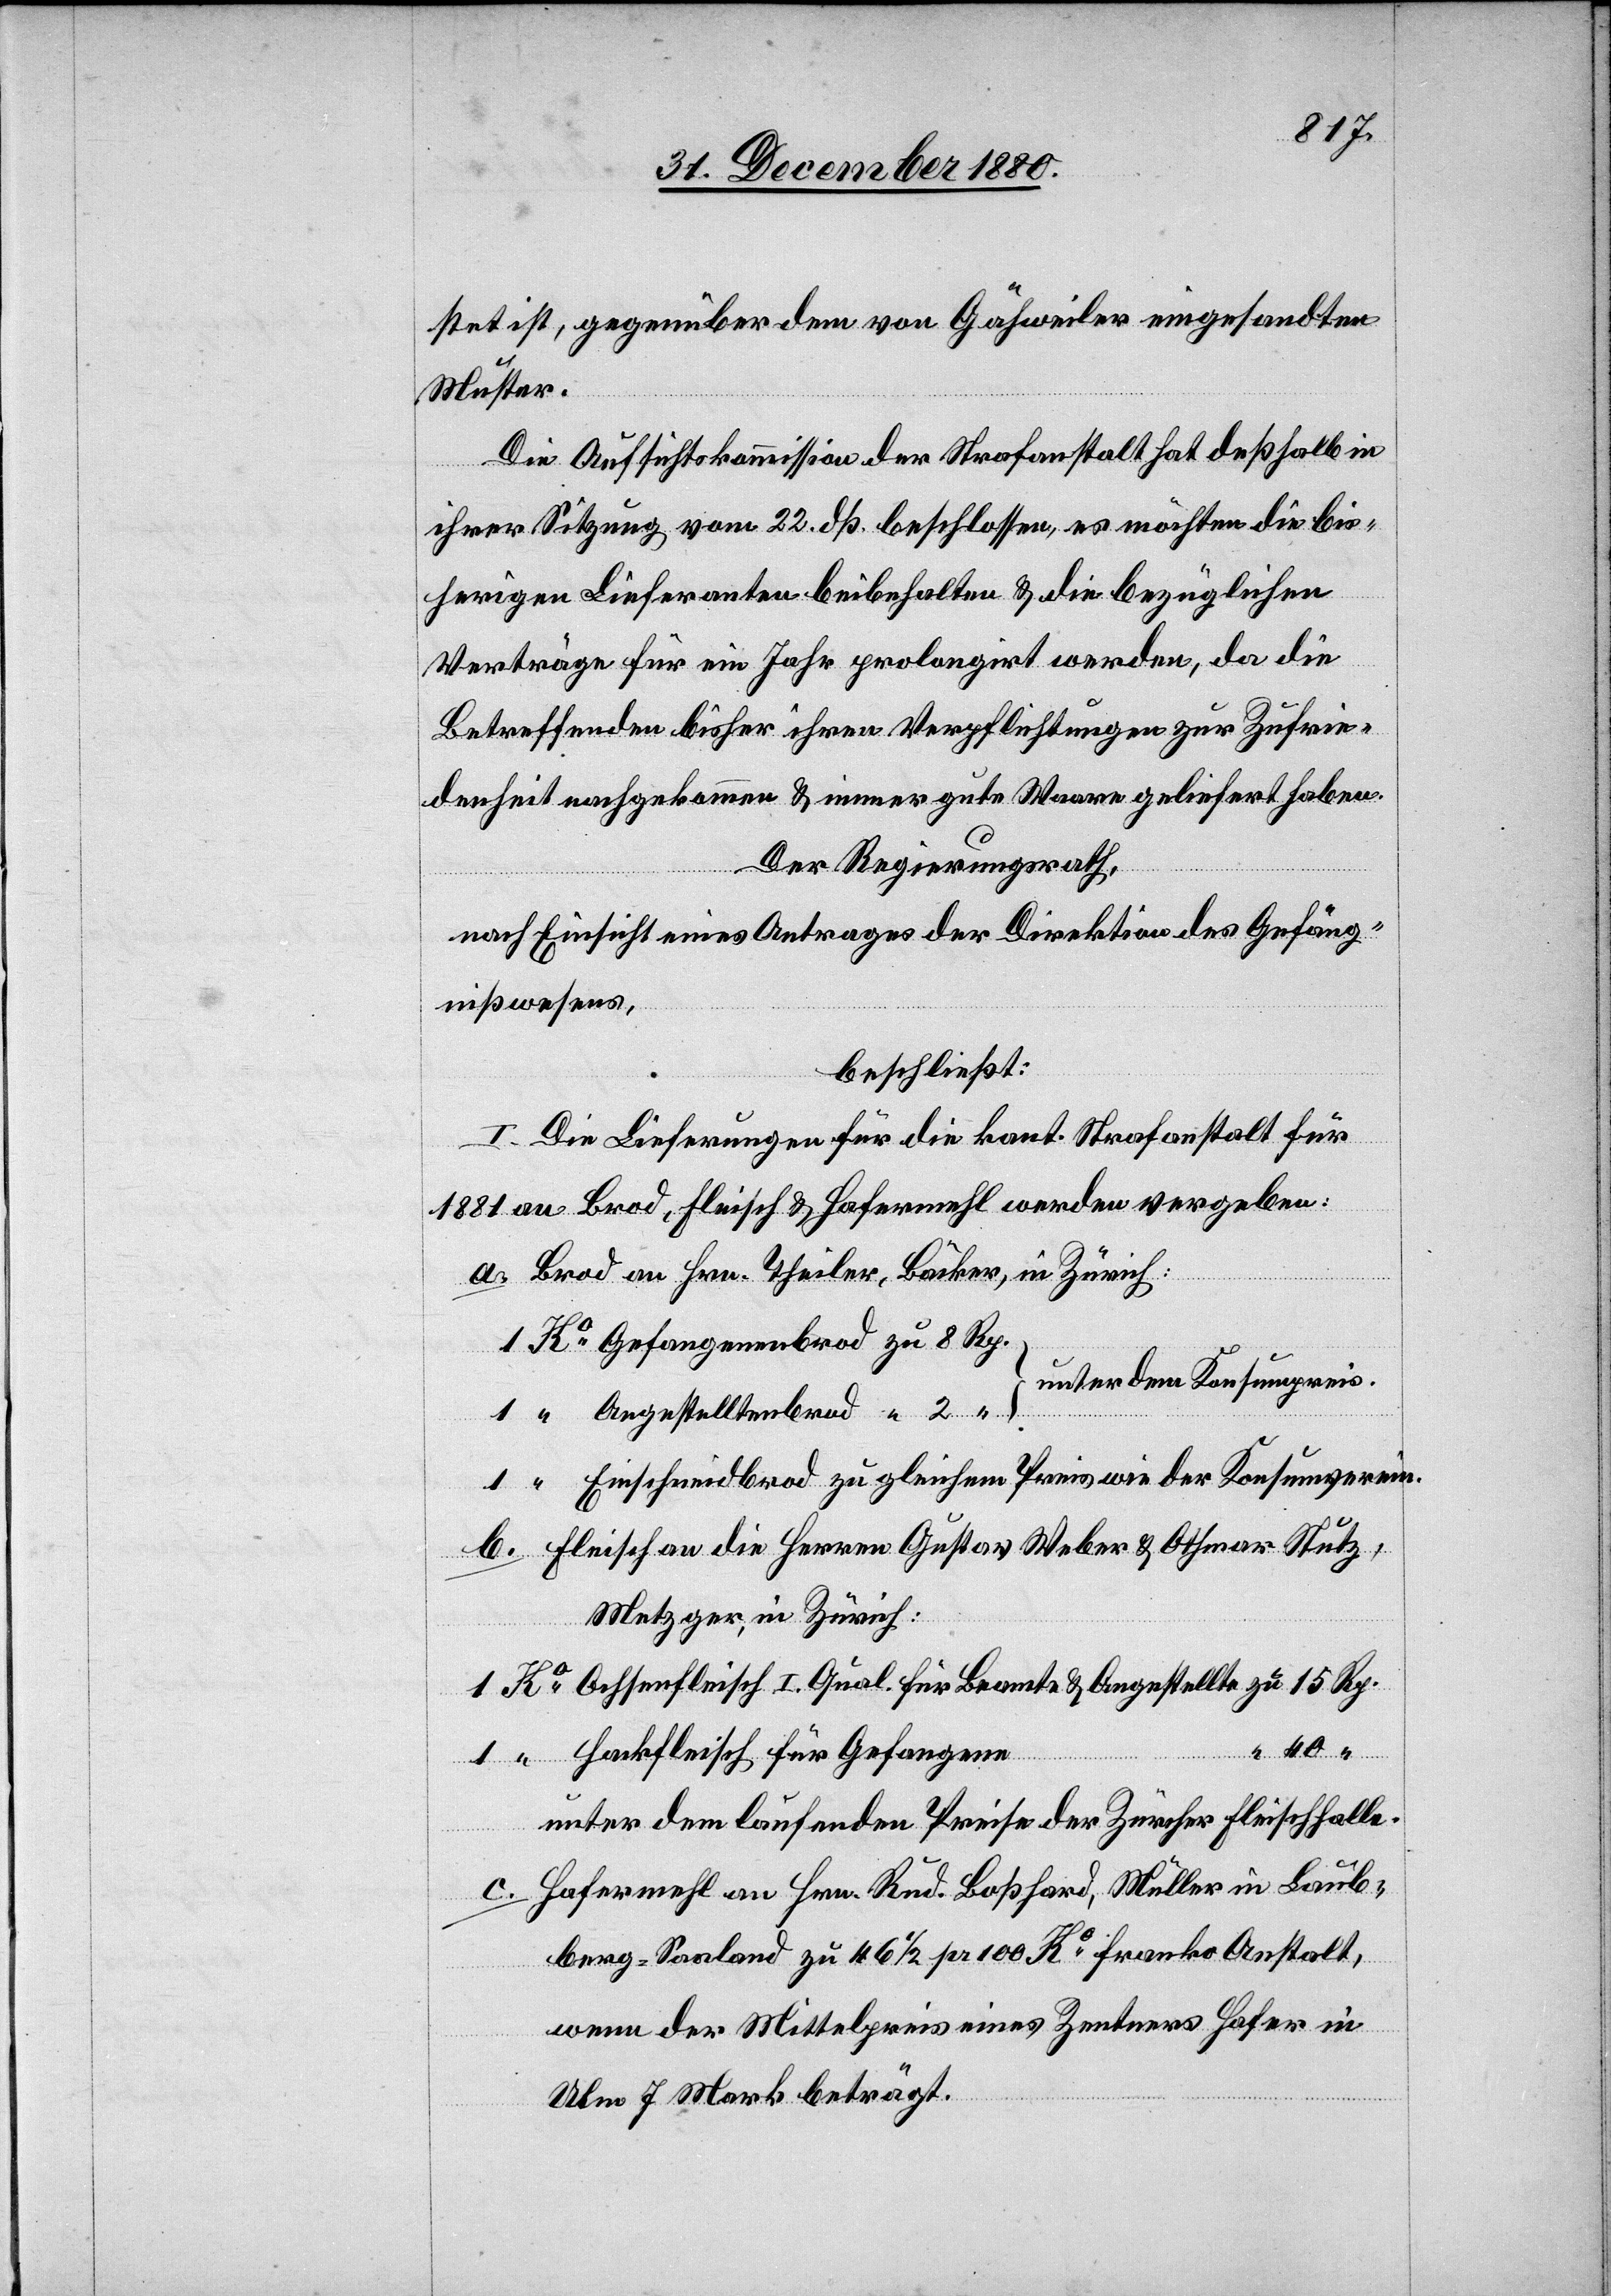
stet ist, gegenüber dem von Gähweiler eingesandten
Muster.
Die Aufsichtskommission der Strafanstalt hat deßhalb in
ihrer Sitzung vom 22. dß. beschlossen, es möchten die bis¬
herigen Lieferanten beibehalten & die bezüglichen
Verträge für ein Jahr prolongirt werden, da die
Betreffenden bisher ihren Verpflichtungen zur Zufrie¬
denheit nachgekommen & immer gute Waare geliefert haben.
Der Regierungsrath,
nach Einsicht eines Antrages der Direktion des Gefäng¬
nißwesens,
beschließt:
I. Die Lieferungen für die kant. Strafanstalt für
1881 an Brod, Fleisch & Hafermehl werden vergeben:
a. Brod an Hrn. Theiler, Bäcker, in Zürich:
unter dem Konsumpreis.
Einschneidbrod zum gleichen Preis wie der Konsumverein.
b. Fleisch an die Herren Gustav Weber & Othmar Stutz,
Metzger in Zürich:
“
Hackfleisch für Gefangene
unter dem laufenden Preise der Zürcher Fleischhalle.
c. Hafermehl an Hrn. Rud. Boßhard, Müller in Laub¬
berg - Saaland zu Fr. 46 1/2 pr 100 Ko franko Anstalt,
wenn der Mittelpreis eines Zentners Hafer in
Ulm 7 Mark beträgt.